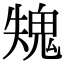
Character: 𩲫